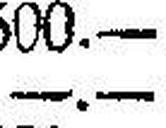
—.—